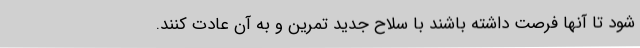
شود تا آنها فرصت داشته باشند با سلاح جدید تمرین و به آن عادت کنند.